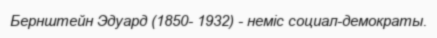
Бернштейн Эдуард (1850- 1932) - неміс социал-демократы.